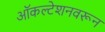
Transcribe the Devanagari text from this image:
ऑकल्टेशनवरून